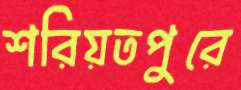
শরিয়তপুরে